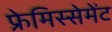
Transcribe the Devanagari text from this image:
फ्रेमिस्सेमेंट